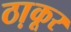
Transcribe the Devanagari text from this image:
ठा़कूर